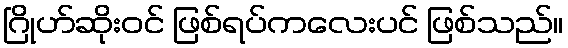
ဂြိုဟ်ဆိုးဝင် ဖြစ်ရပ်ကလေးပင် ဖြစ်သည်။